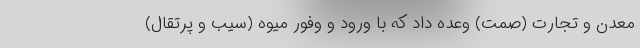
معدن و تجارت (صمت) وعده داد که با ورود و وفور میوه (سیب و پرتقال)